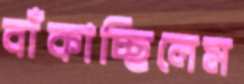
বাঁকাচ্ছিলেম